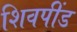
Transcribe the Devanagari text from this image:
शिवपींड